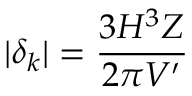
| \delta _ { k } | = \frac { 3 H ^ { 3 } Z } { 2 \pi V ^ { \prime } }